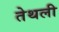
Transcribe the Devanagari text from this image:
तेथली